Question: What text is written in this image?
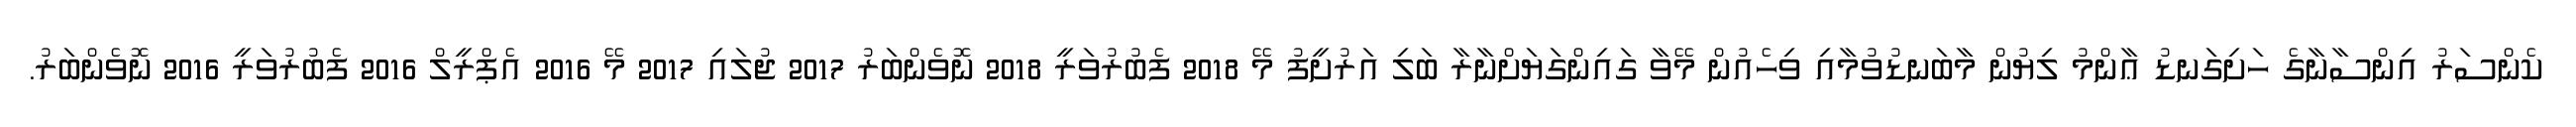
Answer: ކެންސަރު އިންސާނާގެ ހަށިގަނޑު ޢާންމު ލިޔުން މާބަނޑުވުމާއި ވިހެއުން މޭވާ ގައިންގަޔަށްނާރާ ބަލި އަރުށީފު މޭ 2018 ފެބުރުވަރީ 2018 ނޮވެންބަރު 2017 ޖުލައި 2017 މޭ 2016 އެޕްރީލް 2016 ފެބުރުވަރީ 2016 ނޮވެންބަރު.